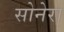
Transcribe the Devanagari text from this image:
सोनेरा